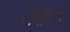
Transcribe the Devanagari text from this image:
अवास्थों